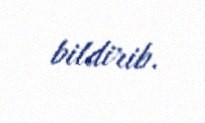
bildirib.